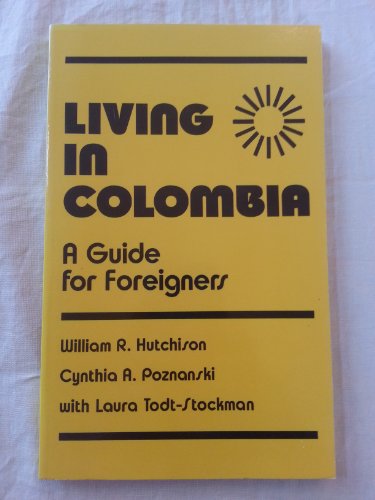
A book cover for Living in Colombia: A Guide for Foreigners; William R. Hutchison; Travel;